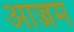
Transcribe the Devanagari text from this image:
आज्जम